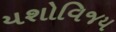
યશોવિજય